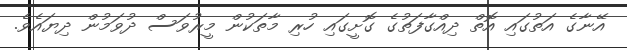
އޭނާގެ އަތުގައި އޮތް ދިއްގާފަތުގެ ގޮށީގައި ހުރި މާތަކުން މީރުވަސް ދުވަމުން ދިޔައެވެ.